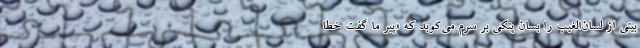
بیتی از لسان‌الغیب را بسان پتکی بر سرم می‌کوبد که «پیر ما گفت خطا